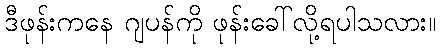
ဒီဖုန်းကနေ ဂျပန်ကို ဖုန်းခေါ်လို့ရပါသလား။